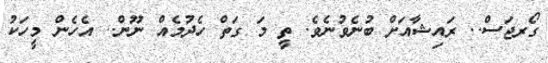
ގޯރޖަސް.. ރައިޝާއަށް ބުނެވުނެވެ. ތީ މަ ގަތް ހެދުމެއް ނޫން.. އެހެން މީހަކު